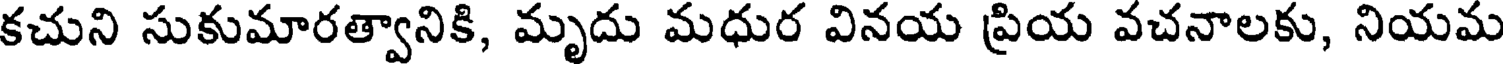
కచుని సుకుమారత్వానికి, మృదు మధుర వినయ ప్రియ వచనాలకు, నియమ